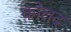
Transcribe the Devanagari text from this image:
कोलद